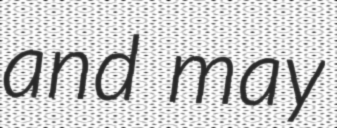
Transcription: and may